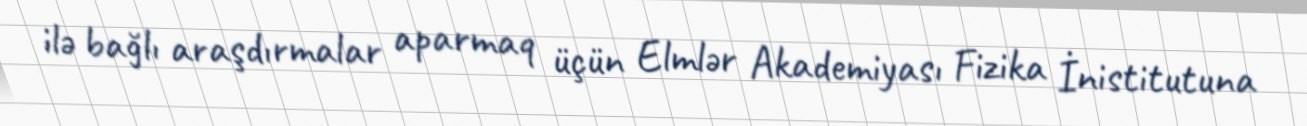
ilə bağlı araşdırmalar aparmaq üçün Elmlər Akademiyası Fizika İnistitutuna